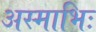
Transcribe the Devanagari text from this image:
अस्माभिः